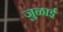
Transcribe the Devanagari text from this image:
जुळाई